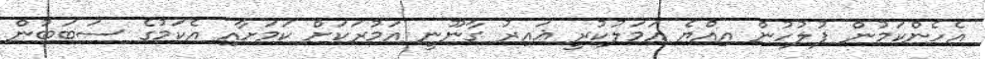
އެހެންކަމުން ފުލުހުން އިއްޔެ އަމަލުކުރީ ޣައިރު ގާނޫނީ އަމުރަކަށް ކަމަށާއި އެކަމުގެ ސަބަބުން